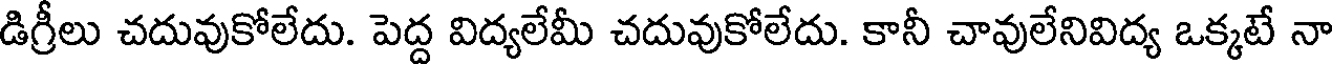
డిగ్రీలు చదువుకోలేదు. పెద్ద విద్యలేమీ చదువుకోలేదు. కానీ చావులేనివిద్య ఒక్కటే నా